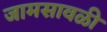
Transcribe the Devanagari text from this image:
जामसावळी